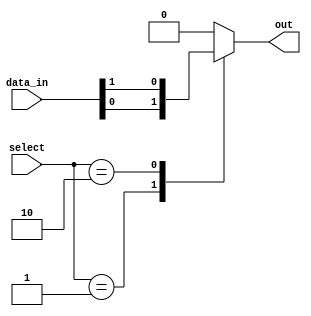
module mux_256to1 (
  input [255:0] data_in,
  input [7:0] select,
  output reg out
);

always @(*) begin
  case (select)
    8'b00000001: out = data_in[0];
    8'b00000010: out = data_in[1];
    // Add cases for all 256 input lines
    default: out = 8'b0; // Default case
  endcase
end

endmodule